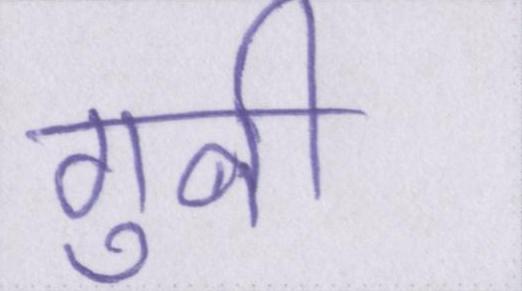
गुनी